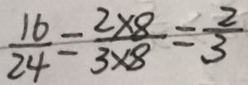
\frac { 1 6 } { 2 4 } = \frac { 2 \times 8 } { 3 \times 8 } = \frac { 2 } { 3 }